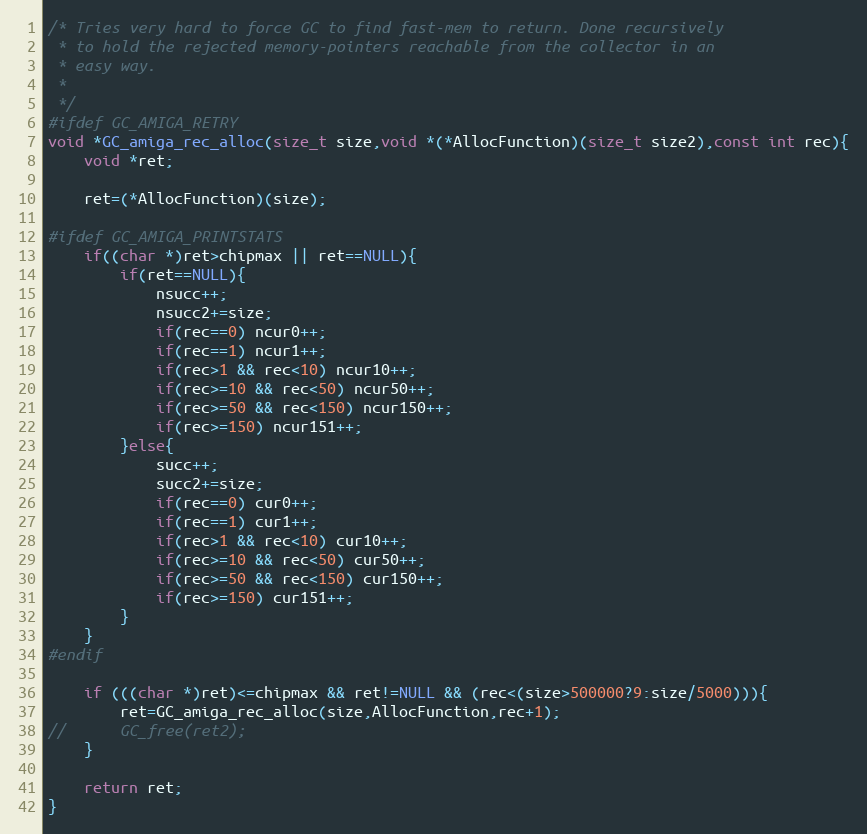
Language: C
/* Tries very hard to force GC to find fast-mem to return. Done recursively
 * to hold the rejected memory-pointers reachable from the collector in an
 * easy way.
 *
 */
#ifdef GC_AMIGA_RETRY
void *GC_amiga_rec_alloc(size_t size,void *(*AllocFunction)(size_t size2),const int rec){
	void *ret;

	ret=(*AllocFunction)(size);

#ifdef GC_AMIGA_PRINTSTATS
	if((char *)ret>chipmax || ret==NULL){
		if(ret==NULL){
			nsucc++;
			nsucc2+=size;
			if(rec==0) ncur0++;
			if(rec==1) ncur1++;
			if(rec>1 && rec<10) ncur10++;
			if(rec>=10 && rec<50) ncur50++;
			if(rec>=50 && rec<150) ncur150++;
			if(rec>=150) ncur151++;
		}else{
			succ++;
			succ2+=size;
			if(rec==0) cur0++;
			if(rec==1) cur1++;
			if(rec>1 && rec<10) cur10++;
			if(rec>=10 && rec<50) cur50++;
			if(rec>=50 && rec<150) cur150++;
			if(rec>=150) cur151++;
		}
	}
#endif

	if (((char *)ret)<=chipmax && ret!=NULL && (rec<(size>500000?9:size/5000))){
		ret=GC_amiga_rec_alloc(size,AllocFunction,rec+1);
//		GC_free(ret2);
	}

	return ret;
}